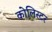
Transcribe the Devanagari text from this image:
कोलिस्टर